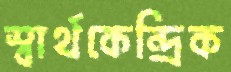
স্বার্থকেন্দ্রিক